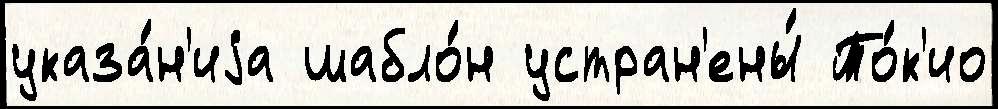
указа́н'иjа шабло́н устран'ены́ То́к'ио